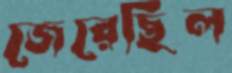
জেরেছিল